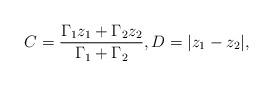
LaTeX: \begin{align*}C = \frac{\Gamma_{1}z_{1}+\Gamma_{2}z_{2}}{\Gamma_{1}+\Gamma_{2}}, D = |z_{1}-z_{2}|,\end{align*}